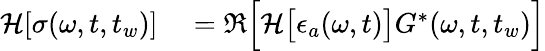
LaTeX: \begin{array}{rl}{\mathcal{H}[\sigma(\omega,t,t_{w})]}&{{}=\Re\Big[\mathcal{H}\big[\epsilon_{a}(\omega,t)\big]{G}^{*}(\omega,t,t_{w})\Big]}\end{array}